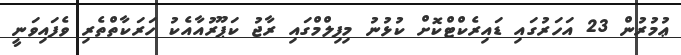
ޢުމުރުން 23 އަހަރުގައި ޑައިރެކްޓްކޮށް ކުޅުނު މިފިލްމްގައި ރާޖު ކަޕޫރުއާއެކު ހަރަކާތްތެރި ވެފައިވަނީ